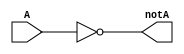
module not_gate(
	input wire [31:0] A, 
	output wire [31:0] notA
);

assign notA = ~A;
endmodule